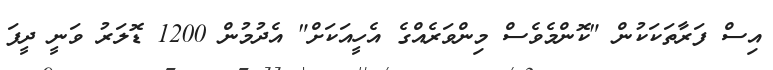
އިސް ފަރާތަކަކުން "ކޮންމެވެސް މިންވަރެއްގެ އެހީއަކަށް" އެދުމުން 1200 ޑޮލަރު ވަނީ ދީފަ